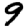
Digit: 9